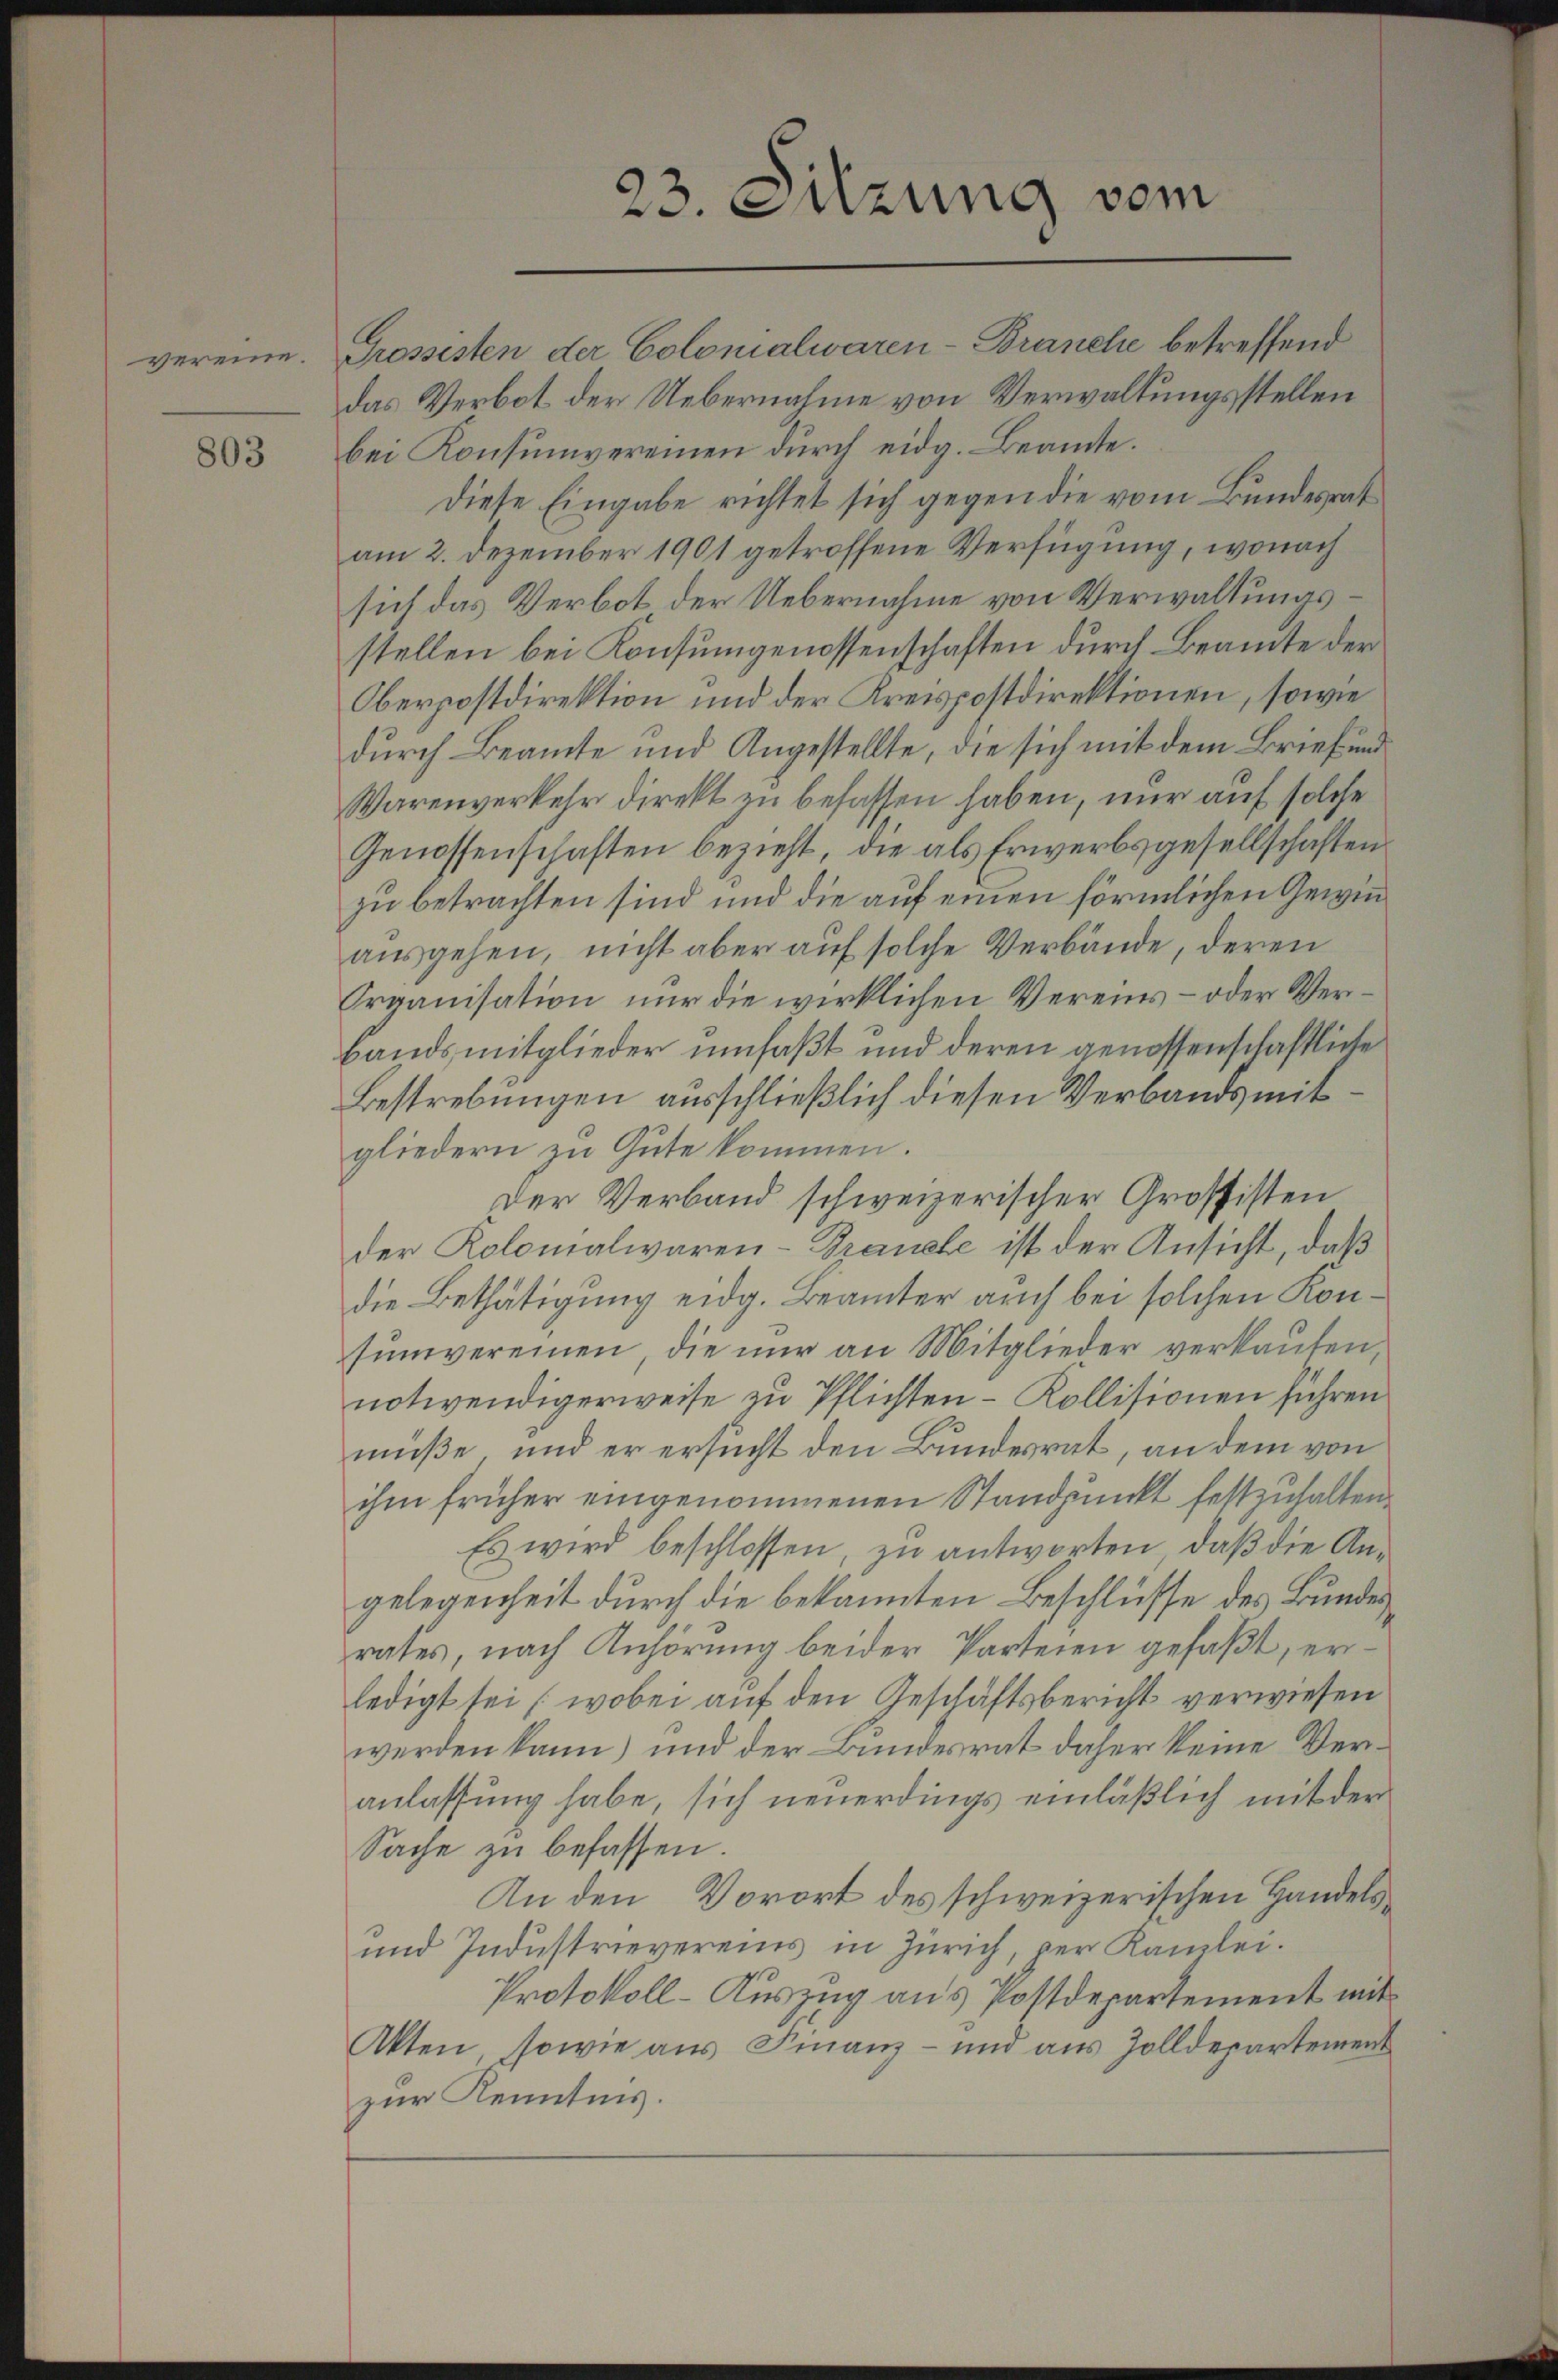
vereine.

803

23. Sitzung vom

Grossesten der Colonialwaren-Branche betreffend
das Verbot der Uebernahme von Verwaltungsstellen
bei Konsumvereinen durch eidg. Beamte.
Diese Eingabe richtet sich gegen die vom Bundesrat
am 2. Dezember 1901 getroffene Verfügung, wonach
sich das Verbot der Uebernahme von Verwaltungsstellen bei Konsumgenossenschaften durch Beamte der
Oberpostdirektion und der Kreispostdirektionen, sowie
durch Beamte und Angestellte, die sich mit dem Brief und
Warenverkehr direkt zu befassen haben, nur auf solche
Genossenschaften bezieht, die als Erwerbsgesellschaften
zu betrachten sind und die auf einen förmlichen Gewinausgehen, nicht aber auf solche Verbände, deren
Organisation nur die wirklichen Vereins- oder Verbandsmitglieder umfaßt und deren genossenschaftliche
Bestrebungen ausschließlich diesen Verbands mitgliedern zu Gute kommen.
Der Verband schweizerischer Grossisten
der Kolomalwaren-Branche ist der Ansicht, daß
die Bethätigung eidg. Beamter auch bei solchen Konsŭmvereinen die nŭr an Mitglieder verkaŭfen,
notwendigerweise zu Pflichten - Kollisionen führen.
müße, und er ersucht den Bundesrat, an dem von
ihm früher eingenommenen Standpunkt festzuhalten.
Es wird beschlossen, zu antworten, daß die Angelegenheit durch die bekannten Beschlüsse des Bundesrates, nach Anhörung beider Parteien gefaßt, erledigt sei (wobei auf den Geschäftsbericht verwiesen
werden kann) und der Bundesrat daher keine Veranlassung habe, sich neuerdings einläßlich mit der
Sache zu befassen.
An den Vorort des schweizerischen Handels¬
und Industrievereins in Zürich, per Kamlei.
Protokoll-Auszug aus Postdepartement mit
Akten, sowie aus Finanz- und aus Zolldepartement
zur Kenntnis.